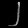
Digit: ၂